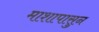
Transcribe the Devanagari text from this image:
माशापासुन